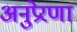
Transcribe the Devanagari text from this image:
अनुप्रेरणा